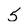
Character: 5